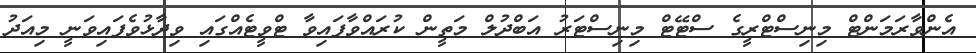
އެންވާރަމަންޓް މިނިސްޓްރީގެ ސްޓޭޓް މިނިސްޓަރު އަބްދުލް މަތީން ކުރައްވާފައިވާ ޓްވީޓެއްގައި ވިދާޅުވެފައިވަނީ މިއަދު